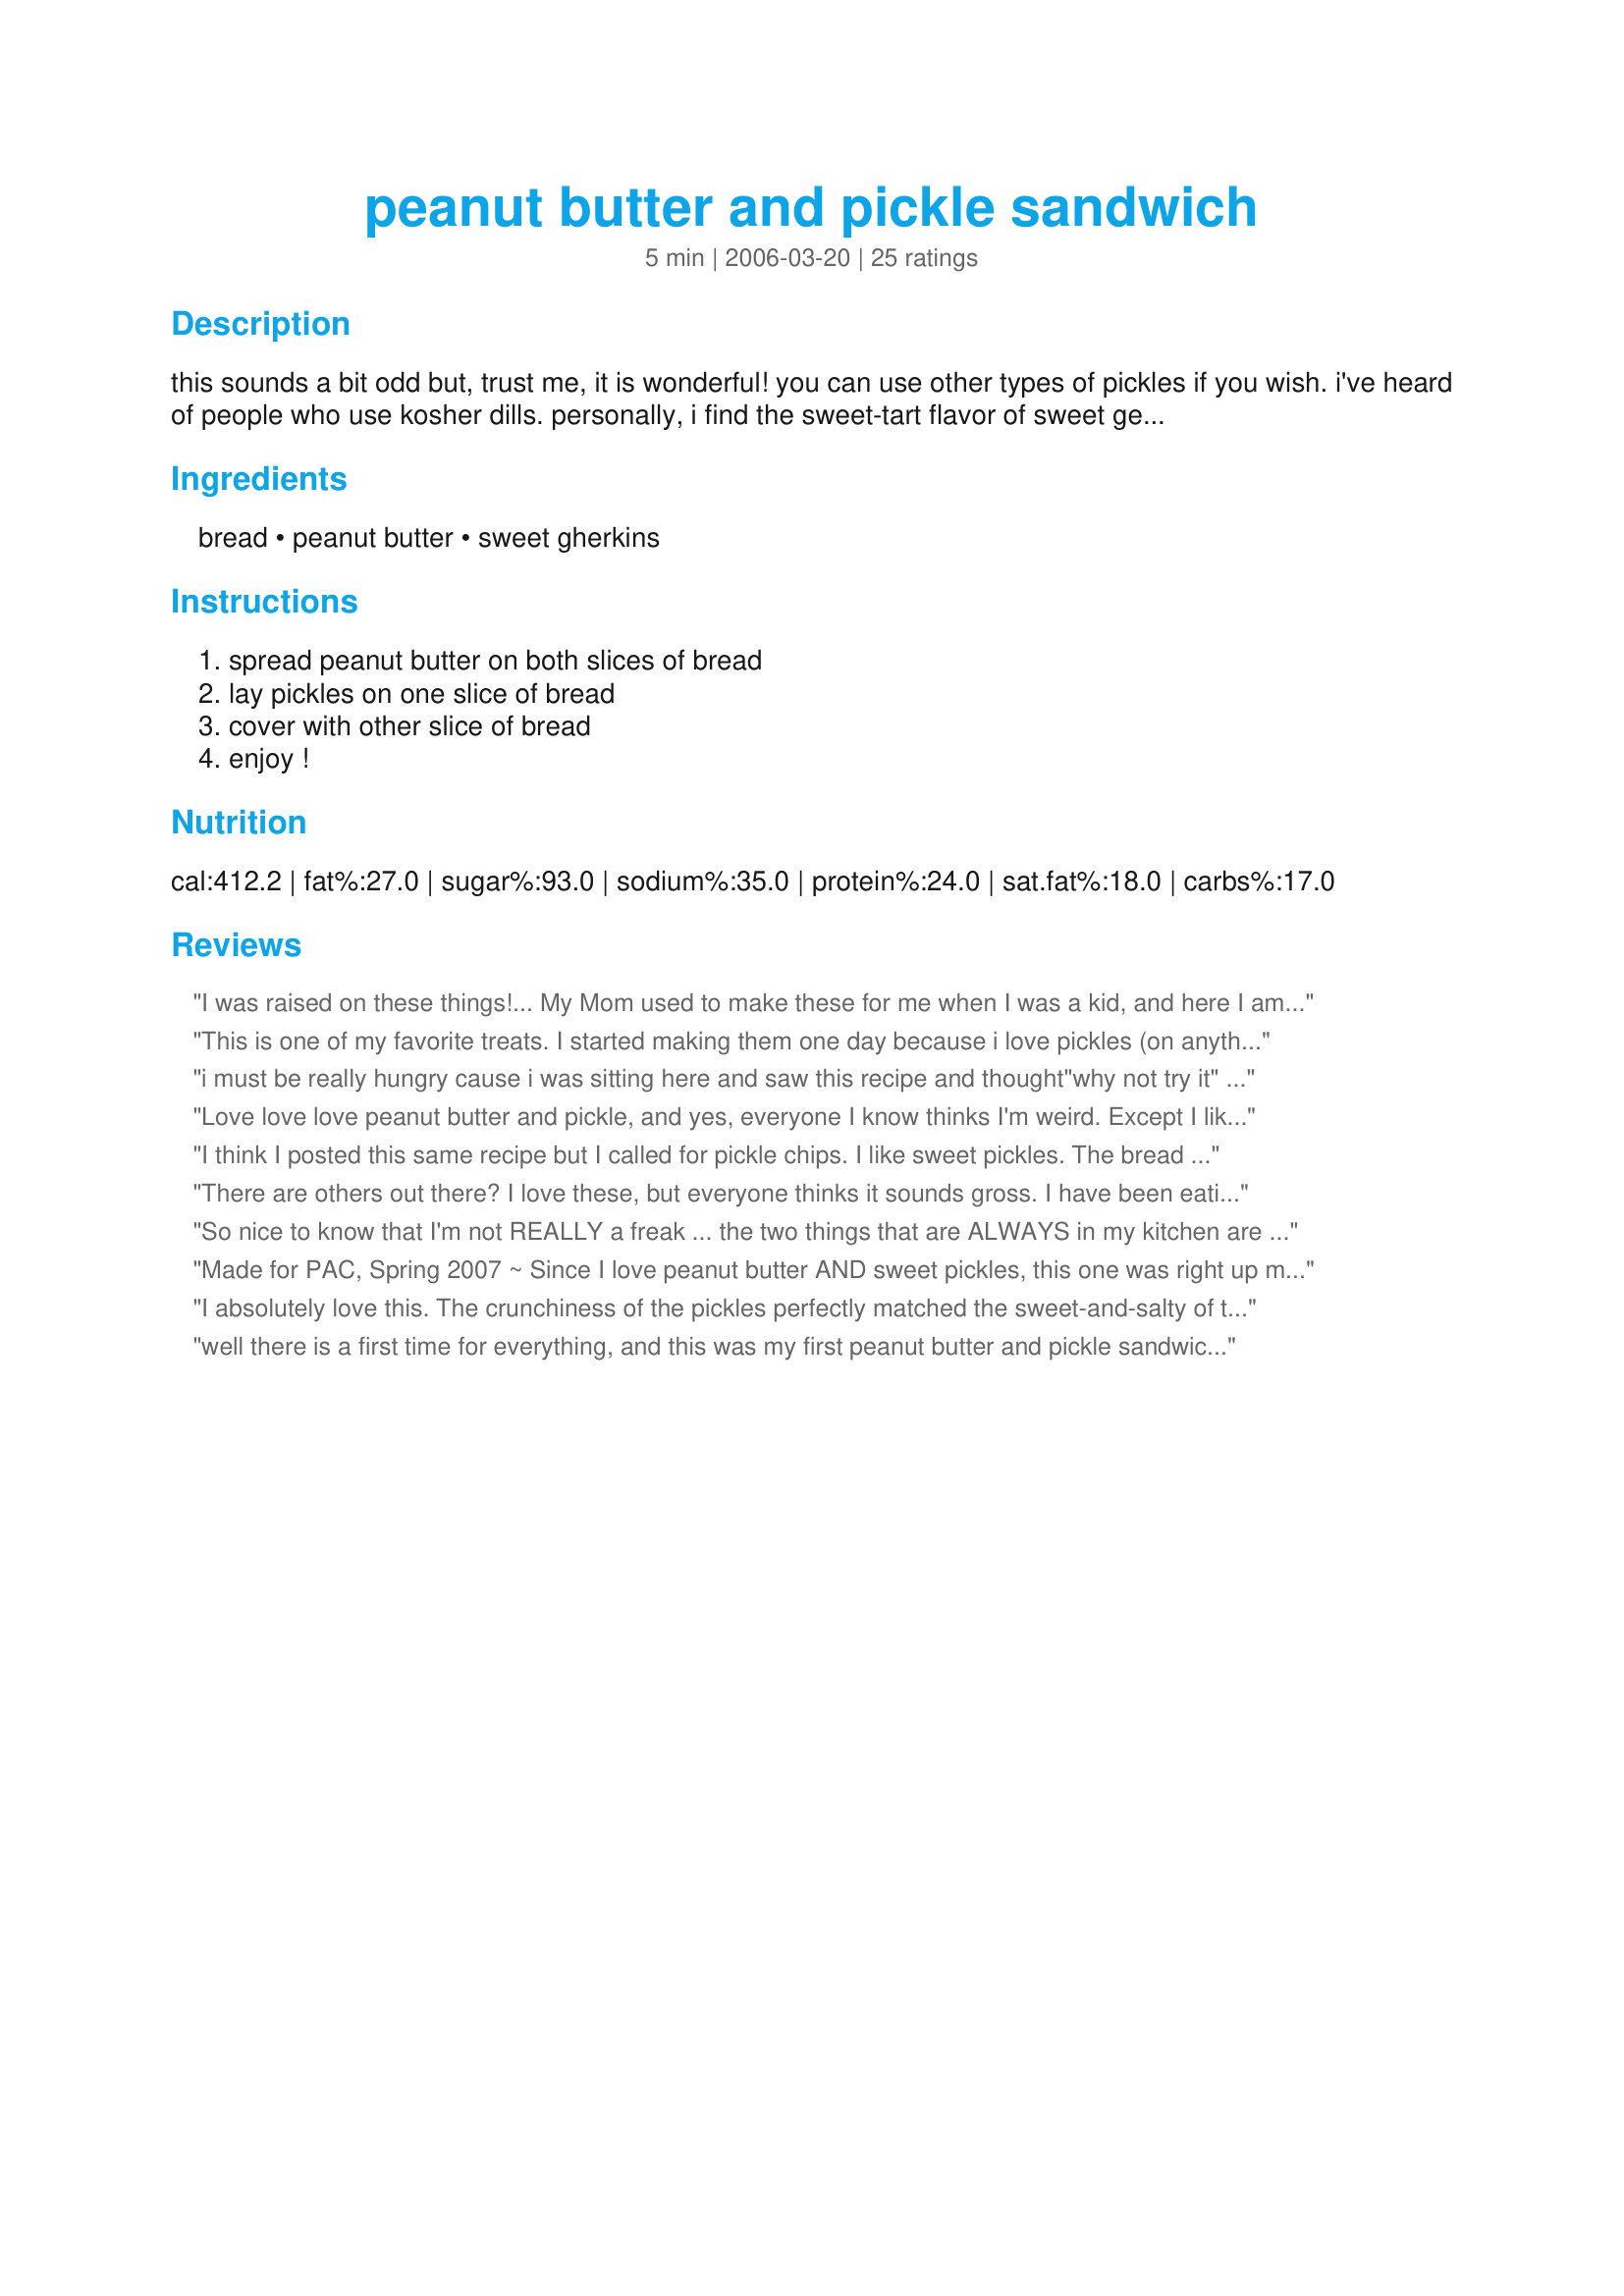
peanut butter and pickle sandwich
Preparation time: 5 minutes

this sounds a bit odd but, trust me, it is wonderful! you can use other types of pickles if you wish. i've heard of people who use kosher dills. personally, i find the sweet-tart flavor of sweet gerkins blend beautifully with the peanut butter. this recipe can easily be multiplied.

Ingredients:
bread, peanut butter, sweet gherkins

Steps:
spread peanut butter on both slices of bread, lay pickles on one slice of bread, cover with other slice of bread, enjoy !

Reviews:
I was raised on these things!... My Mom used to make these for me when I was a kid, and here I am close to fifty years later I&#039;m still eating them! As a mater of fact I just had 2 about 20 minutes ago!... There is no wrong way to eat these babies, however my preferred way is Smooth Peanut Butter and Dill Slices on White Bread... Now as a kicker I ad Mayo to the top slice of Bread... Preferably Dukes Mayonnaise due to it&#039;s excellent tangyness... I saw another writer on this review mention the same and they are right on! To those who have yet to try this I definitely say go for it!... Experiment and try different variations... I haven&#039;t found anyone to not like these... Unless they just did bot like pickles or peanut butter!... Enjoy!
This is one of my favorite treats. I started making them one day because i love pickles (on anything) and I love peanut butter (on anything). This is good w/ ALL pickles. Dills, gherkins, bread & butters etc. As a child, my mother once made me a sandwich of bread & butter pickles and cream cheese on pumpernickel. It was so amazing I still eat it to this day. Buttered toast also works wonderfully. Maybe that's why they call them bread & butter pickles. They go great together! I LOVE PICKLE SANDWICHES!
i must be really hungry cause i was sitting here and saw this recipe and thought"why not try it" Suprisingly, this wasnt to bad. I am not a fan of sweet pickles, so like another reviewer suggested i used dill. And i thought it was really tasty. I will definantly make this again, i may even see if i can get the kids to try it.
Love love love peanut butter and pickle, and yes, everyone I know thinks I'm weird. Except I like mine with Vlasic Kosher dills, not sweet pickles. With a big glass of chocolate milk... best thing in the world!
I think I posted this same recipe but I called for pickle chips. I like sweet pickles. The bread and butter types, I think, are the best. This is one of my favorite sandwiches but the pickles are important. If you get an inferior pickle then it's just no good.
There are others out there? I love these, but everyone thinks it sounds gross. I have been eating dill pickles with peanutbutter since I was a kid. Yummy.
So nice to know that I'm not REALLY a freak ... the two things that are ALWAYS in my kitchen are peanut butter and dill pickles, and I've been eating this sandwich since I was in the second grade ... at least 40 years now! Thanks for making me feel a little less strange :)
Made for PAC, Spring 2007 ~ Since I love peanut butter AND sweet pickles, this one was right up my alley ~ chunky peanut butter, winter wheat bread [oh, yes, & I added about one tablespoon of dark raisins!] along with the pickles, & I had an OUTSTANDINGLY different kind of sandwich! Thanks for the suggestion!
I absolutely love this. The crunchiness of the pickles perfectly matched the sweet-and-salty of the peanut butter. Cheap and highly recommended.
well there is a first time for everything, and this was my first peanut butter and pickle sandwich. It was good! I wasn't sure if I would like it or not so I made half a sandwhich and went back and made another one. I used dill sandwich pickles, wheat bread and creamy peanut butter. I have to say I think I like this better than a regular old peanut butter and jelly sandwich. This really satisfies my craving for something sweet and salty. Thanks for posting this, I would never have thought of making this myself!
I just tried this sandwich for the first time, love it! We tried Shoppers Food Warehouse plain white bread, Skippy natural creamy peanut butter and both Clausen Kosher dill slices and someones bread and butter pickles, I can't remember whose. I'm looking for a pickle right in the middle, b&b was too subtle, dill a smidge too strong. What's right in the middle anybody? Fantastic sandwich!
Love love love this sandwich! Yes, it seems weird, but there is something about the sweetness and crunch of the pickle, combined with the creaminess of the peanut butter that makes it just awesome. I prefer creamy peanut butter, and I only used one slice of bread, which I toast. In the future I plan to experiment with different types of peanut butters and pickles - dill sounds like it would be interesting.
awesome sandwich
I too, have been eating these since I was a youngster (47 now). To make it 5 stars, you have to try it with mayonnaise (Miracle Whip is legal too)! C'mon, you're already eating something 99% of the rest of the world probably wont...so go ahead & try a little mayo! Thanks for posting...I thought my Grandpa Gump was the only one to ever eat this!
I have loved this sandwich for years! I think my Dad first introduced me to it when I was little. My favorite pickle to use is a crunchy, garlicky kosher dill. I thought I was the only one who loved this! So glad to see it posted among more high falutin' recipes!
This was very good and easy to make. I grew up with these,. However we never used sweet gherkins. We prefer it with either dill pickles (regular not garlic) or bread and butter pickles.
I have been eating these since I was a child. I am not a peanut butter lover, but with DILL pickles ONLY, it is smooth, creamy, sweet, salty, crunchy, crisp, sour, and tart. White bread is best.
I love this sandwich, but it has to be dill for me! Its the most amazing thing, and I'm not just saying that because I'm pregnant...lol.
Just made this for lunch and it was a first time for me also. Never would have thought to put the two together. I used whole wheat, chunky p.b. and Clausson kosher dill spears. I will definitely keep this in my lunch rotation. Thanks for opening my eyes to a new and unique sandwich for me.
I first heard of this as a new bride.
It was a favorite of my husband, but sounded strange to me. My favorite was peanut butter with honey.
However, I tried it and it is very good. The juicy pickles cut the stickiness from the peanut butter.
I can't imagine using dill or other sour pickles though. Sweet ones are perfect.
I can't believe that this is on here! I have eaten these since I was a little girl. THIS MUST USE PICKLE PLANKS ONLY- the krispier the better- i like Vlasick... DILL is the best, HAS to be jiff peanut butter and I like it on white, wheat, whatever... it's an AMAZING blend of texture and flavor- pretty much anyone i have try this is hooked! LOVE LOVE LOVE IT
No way! You eat these also? I have been eating this as my FAVORITE sandwich since I was in jr high - 30 years ago....I usually use dill pickles though. Sometimes, I will add a little mustard as well. Yes, we are weird, but it is a great sandwich!
Well, unlike some of these other people here, I didn't grow up on these. My parents would think it's gross, haha. But I tried this just now and it's awesome. I used toasted white bread (it's all I have right now), but I'm dying to try it on toasted homemade wheat bread! I use Crazy Richards natural peanut butter, which to me tastes better than any other kind. It's not as thick and dry as other pb, and there's no sugar(yet it has lots of flavor), so it works with more recipes. And I used Vlasic Stackers bread and butter pickles for this, and it was good. And it's so darn easy. Everybody should try this at least once. This will be a regular for me from now on!
I've been eating these since I was a kid too. Like the white bread toasted and always use dill pickles. I acquired this odd liking from my mother who also likes peanut butter and onion sandwiches and peanut butter and radish.....
How nice to find out I&#039;m part of a huge group who LOVE these sandwiches. 100% of the people I tell about these gems are sure they&#039;ll hate it. 100% of these same people are now converts. Think I&#039;ll go make one right now.
